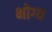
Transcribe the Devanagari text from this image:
भोग्‍य